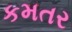
કમતર